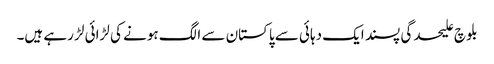
بلوچ علیحدگی پسند ایک دہائی سے پاکستان سے الگ ہونے کی لڑائی لڑ رہے ہیں۔